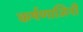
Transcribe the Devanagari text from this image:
कर्षणाजिनी